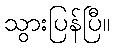
သွားပြန်ပြီ။